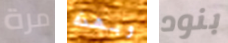
مرة وبهذه بنود